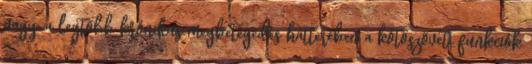
nagy, a legtöbb krónikus megbetegedés hátterében a kötőszöveti funkciók